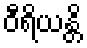
ဝီရိယန္တိ